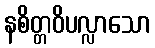
နစိတ္တဝိပလ္လာသော